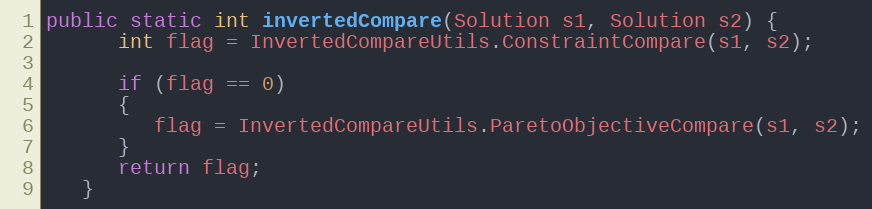
Language: Java
public static int invertedCompare(Solution s1, Solution s2) {
      int flag = InvertedCompareUtils.ConstraintCompare(s1, s2);

      if (flag == 0)
      {
         flag = InvertedCompareUtils.ParetoObjectiveCompare(s1, s2);
      }
      return flag;
   }